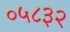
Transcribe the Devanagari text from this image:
०५८३२